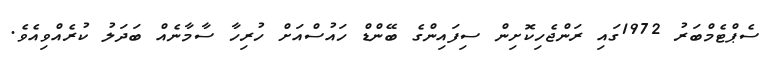
ސެޕްޓެމްބަރު 1972ގައި ރަންޖެހިކޮށިން ސިފައިންގެ ބޭންޑް ހައުސްއަށް ހުރިހާ ސާމާނެއް ބަދަލު ކުރެއްވިއެވެ.